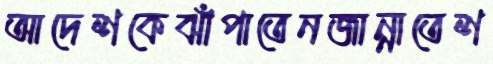
আদেশকেঝাঁপাতেনজান্নাতেশ